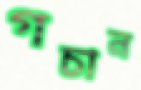
গচান